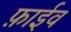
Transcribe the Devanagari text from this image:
फ़ाईव